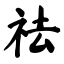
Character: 祛